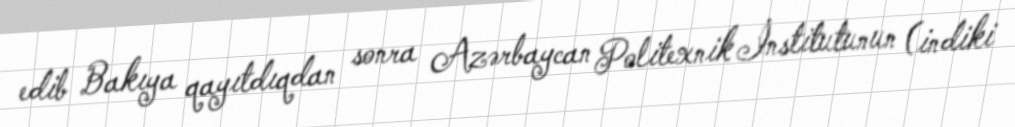
edib Bakıya qayıtdıqdan sonra Azərbaycan Politexnik İnstitutunun (indiki